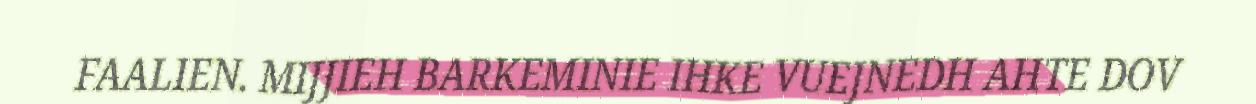
FAALIEN. MIJJIEH BARKEMINIE IHKE VUEJNEDH AHTE DOV